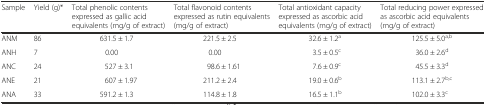
<table><thead><tr><td><b>Sample</b></td><td><b>Yield (g)*</b></td><td><b>Total phenolic contents expressed as gallic acid equivalents (mg/g of extract)</b></td><td><b>Total flavonoid contents expressed as rutin equivalents (mg/g of extract)</b></td><td><b>Total antioxidant capacity expressed as ascorbic acid equivalents (mg/g of extract)</b></td><td><b>Total reducing power expressed as ascorbic acid equivalents (mg/g of extract)</b></td></tr></thead><tbody><tr><td>ANM</td><td>86</td><td>631.5 ± 1.7</td><td>221.5 ± 2.5</td><td>32.6 ± 1.2<sup>a</sup></td><td>125.5 ± 5.0<sup>a,b</sup></td></tr><tr><td>ANH</td><td>7</td><td>0.00</td><td>0.00</td><td>3.5 ± 0.5<sup>c</sup></td><td>36.0 ± 2.6<sup>d</sup></td></tr><tr><td>ANC</td><td>24</td><td>527 ± 3.1</td><td>98.6 ± 1.61</td><td>7.6 ± 0.9<sup>c</sup></td><td>45.5 ± 3.3<sup>d</sup></td></tr><tr><td>ANE</td><td>21</td><td>607 ± 1.97</td><td>211.2 ± 2.4</td><td>19.0 ± 0.6<sup>b</sup></td><td>113.1 ± 2.7<sup>b,c</sup></td></tr><tr><td>ANA</td><td>33</td><td>591.2 ± 1.3</td><td>114.8 ± 1.8</td><td>16.5 ± 1.1<sup>b</sup></td><td>102.0 ± 3.3<sup>c</sup></td></tr></tbody></table>